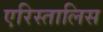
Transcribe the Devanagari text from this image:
एरिस्तालिस